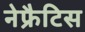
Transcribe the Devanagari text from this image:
नेफ्रैटिस